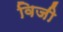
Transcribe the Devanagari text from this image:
विजी